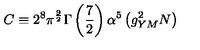
C \equiv 2 ^ { 8 } \pi ^ { \frac { 9 } { 2 } } \Gamma \left( { \frac { 7 } { 2 } } \right) \alpha ^ { 5 } \left( g _ { Y M } ^ { 2 } N \right)